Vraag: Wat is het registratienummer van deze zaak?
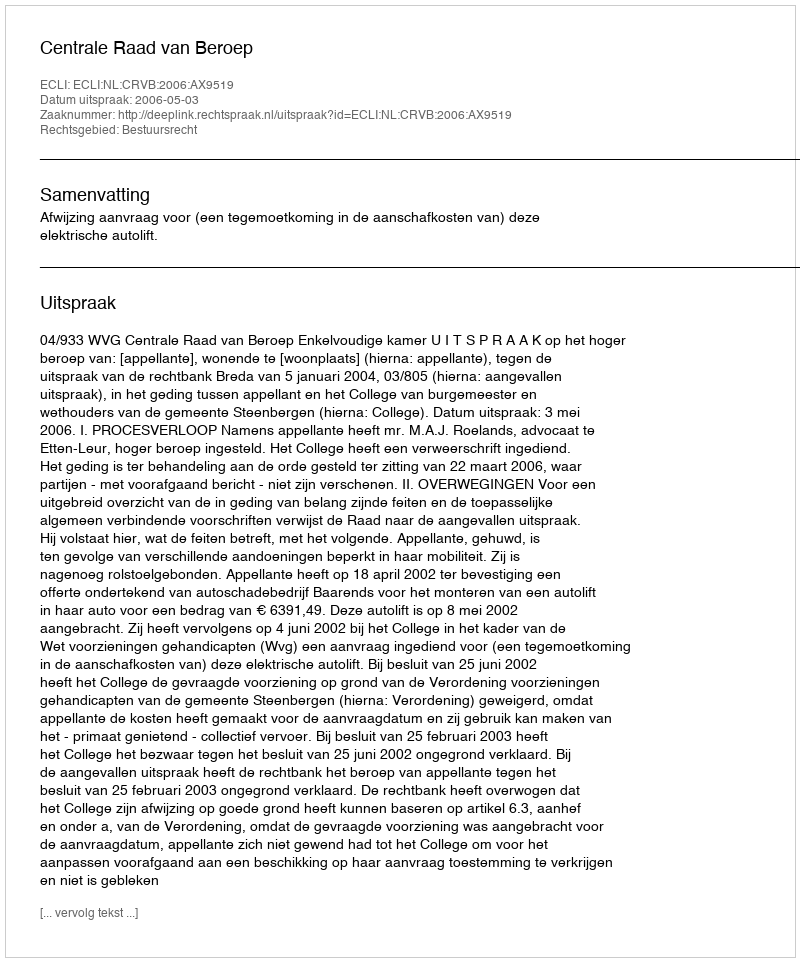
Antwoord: http://deeplink.rechtspraak.nl/uitspraak?id=ECLI:NL:CRVB:2006:AX9519